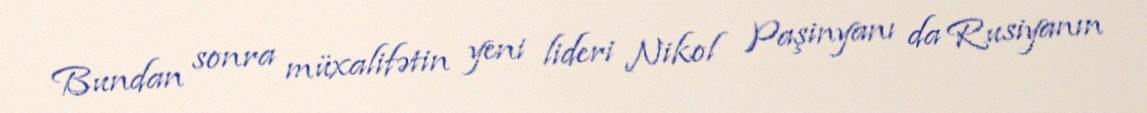
Bundan sonra müxalifətin yeni lideri Nikol Paşinyanı da Rusiyanın